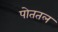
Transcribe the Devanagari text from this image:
पोततल